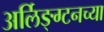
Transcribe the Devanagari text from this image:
अर्लिङ्ग्टनच्या